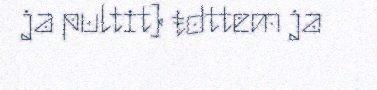
ja pultit) ŧdttem ja